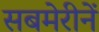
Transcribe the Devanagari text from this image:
सबमेरीनें